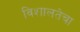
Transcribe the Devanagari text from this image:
विशालतेचा